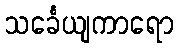
သင်္ခေယျကာရော